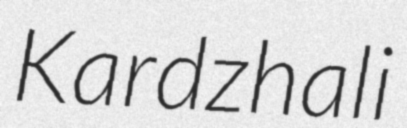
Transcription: Kardzhali